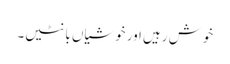
خوش رہیں اور خوشیاں بانٹیں۔